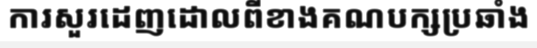
ការសួរដេញដោលពីខាងគណបក្សប្រឆាំង